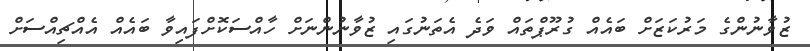
ޒުވާނުންގެ މަރުކަޒަށް ބައެއް ގުރޫޕްތައް ވަދެ އެތަނުގައި ޒުވާނުންނަށް ހާއްސަކޮށްފައިވާ ބައެއް އެއްްޗިއްސަށް